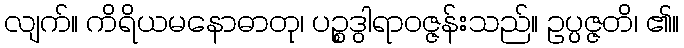
လျက်။ ကိရိယမနောဓာတု၊ ပဉ္စဒွါရာဝဇ္ဇန်းသည်။ ဥပ္ပဇ္ဇတိ၊ ၏။